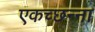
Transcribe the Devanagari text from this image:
एकच्छन्ना